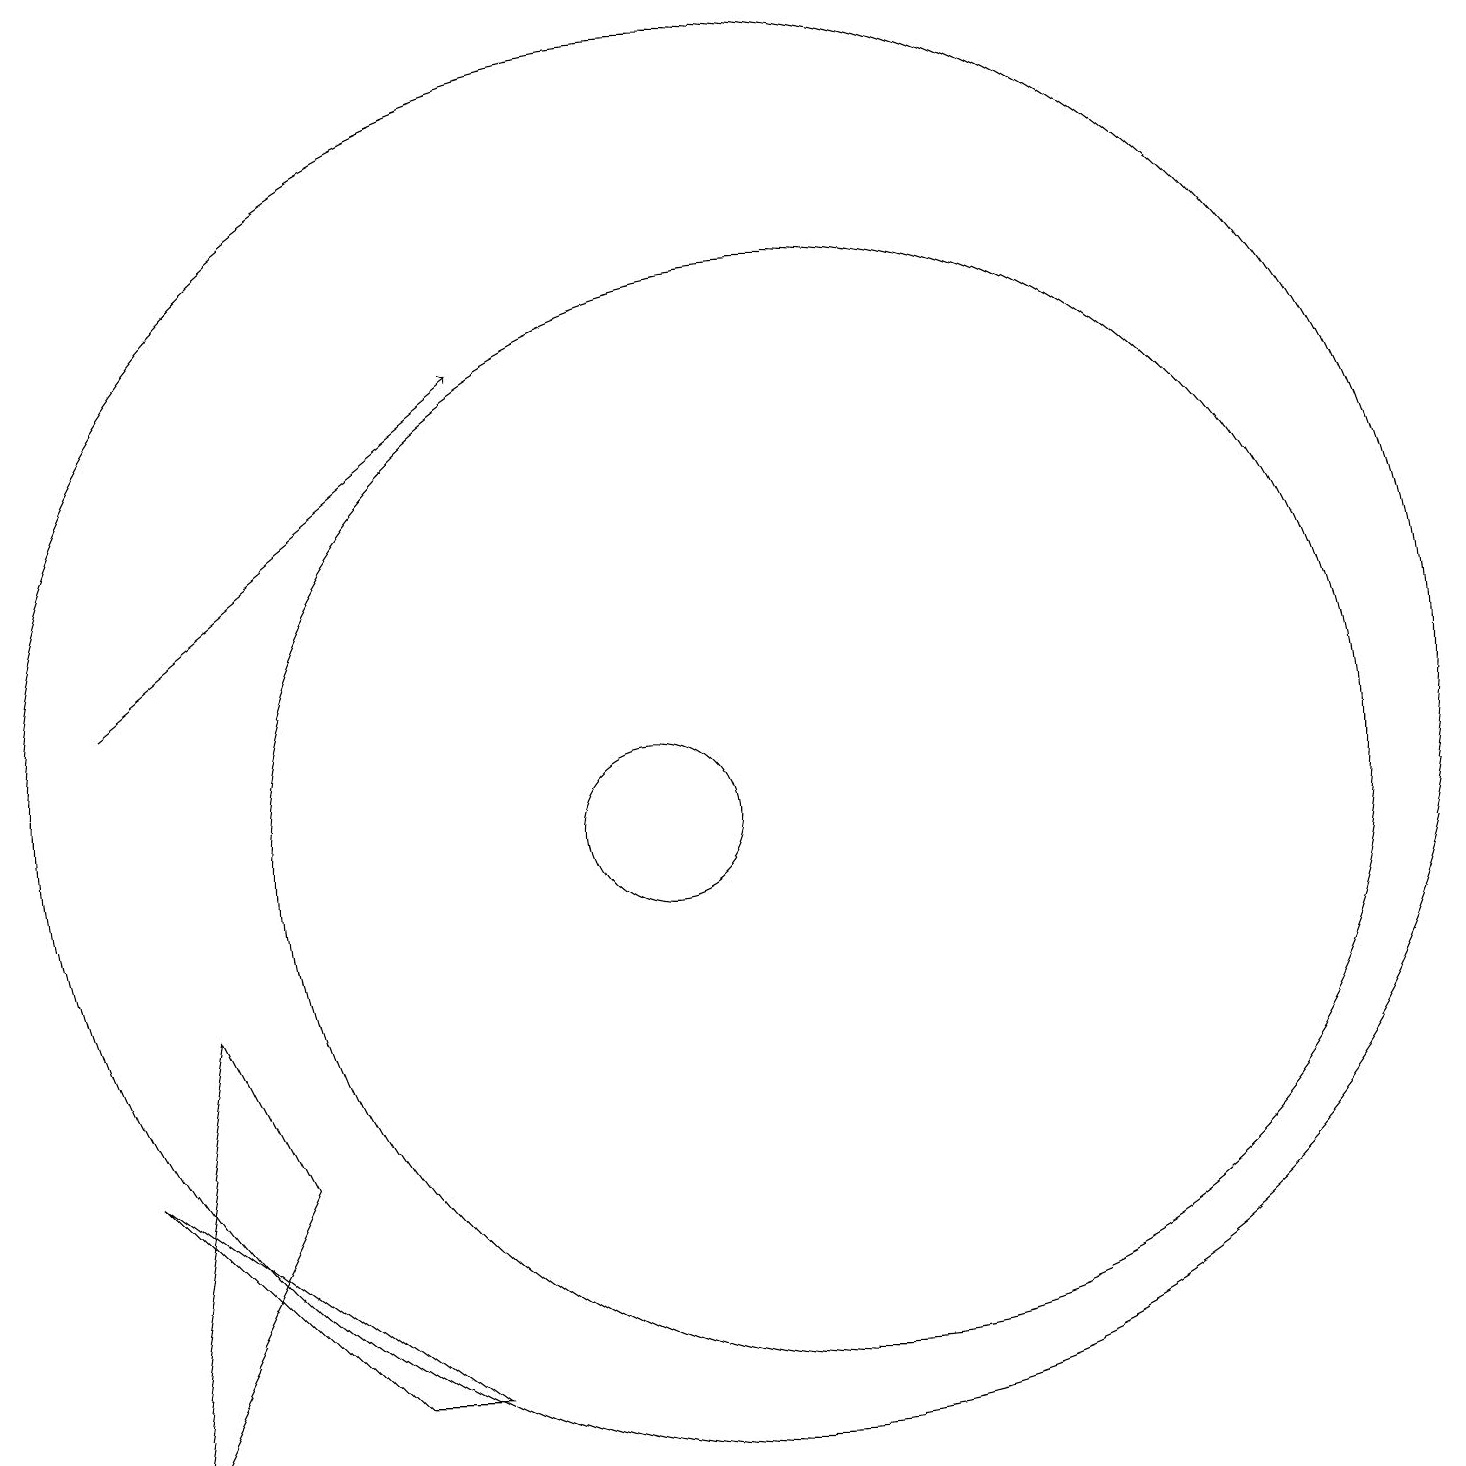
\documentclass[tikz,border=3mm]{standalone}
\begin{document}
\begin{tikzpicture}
\draw (10,10) circle (1);
\draw (5,6) -- (3,2) -- (4,8) -- cycle;
\draw (3,6) -- (7,3) -- (6,3) -- cycle;
\draw (12,10) circle (7);
\draw (11,11) circle (9);
\draw[->] (3,12) -- (8,16);
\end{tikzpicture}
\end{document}